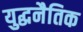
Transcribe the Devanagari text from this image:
युद्धनैतिक